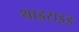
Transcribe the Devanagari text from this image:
थाइराइङ